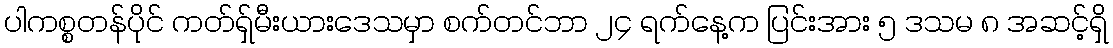
ပါကစ္စတန်ပိုင် ကတ်ရှ်မီးယားဒေသမှာ စက်တင်ဘာ ၂၄ ရက်နေ့က ပြင်းအား ၅ ဒသမ ၈ အဆင့်ရှိ